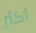
أكثر